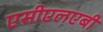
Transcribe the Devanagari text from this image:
एसीएलएबी